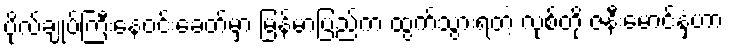
ဗိုလ်ချုပ်ကြီးနေဝင်းခေတ်မှာ မြန်မာပြည်က ထွက်သွားရတဲ့ လုစ်တို့ ဇနီးမောင်နှံဟာ